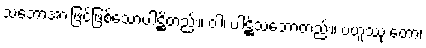
သဘောအားဖြင့်ဖြစ်သောပါဋ္ဌိတည်း။ ဝါ၊ ပါဋ္ဌိသဘောတည်း။ ဗဟူဿု တော၊